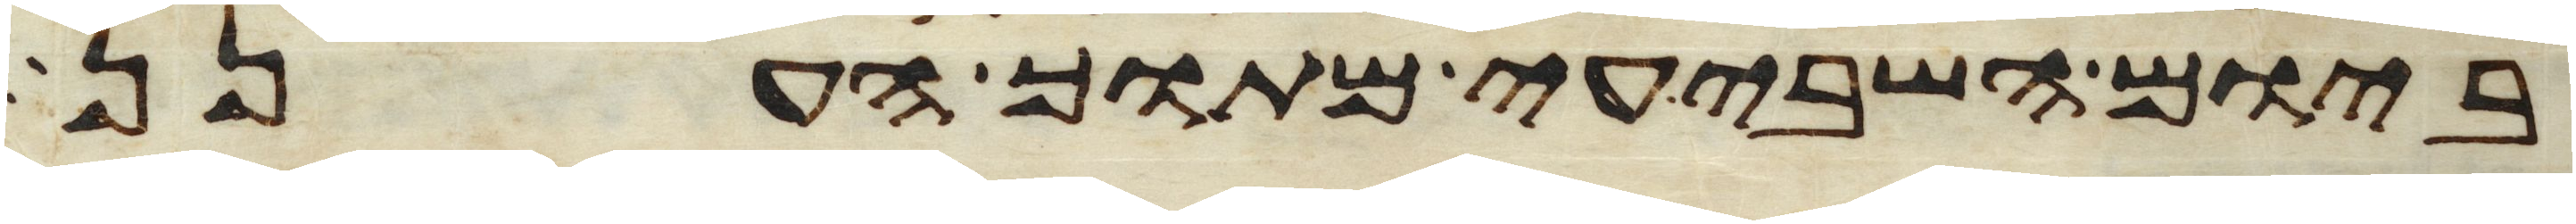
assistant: ביום השביעי מתוך הענן